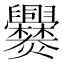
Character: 爨